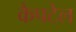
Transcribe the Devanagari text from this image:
कैपटेल